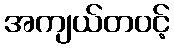
အကျယ်တဝင့်